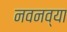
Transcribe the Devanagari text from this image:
नवनव्‍या